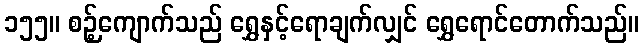
၁၅၅။ စဉ့်ကျောက်သည် ရွှေနှင့်ရောချက်လျှင် ရွှေရောင်တောက်သည်။